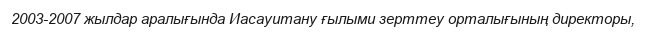
2003-2007 жылдар аралығында Иасауитану ғылыми зерттеу орталығының директоры,